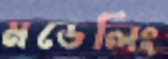
মডেলিং